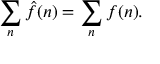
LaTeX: \sum _ { n } { \hat { f } } ( n ) = \sum _ { n } f ( n ) .